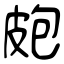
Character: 皰